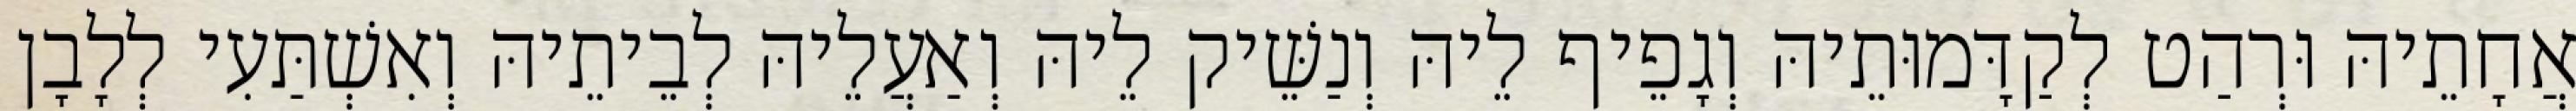
אֲחָתֵיהּ וּרְהַט לְקַדָּמוּתֵיהּ וְגָפֵיף לֵיהּ וְנַשֵּׁיק לֵיהּ וְאַעֲלֵיהּ לְבֵיתֵיהּ וְאִשְׁתַּעִי לְלָבָן